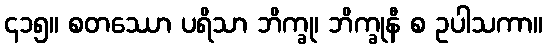
၄၁၅။ စတဿော ပရိသာ ဘိက္ခု၊ ဘိက္ခုနီ စ ဥပါသကာ။